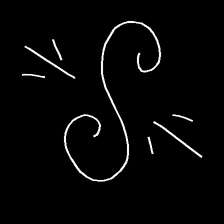
Glyph: wind-directs-air